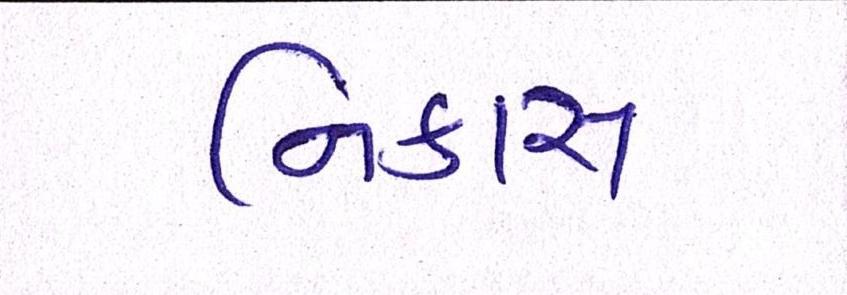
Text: નિકાસ